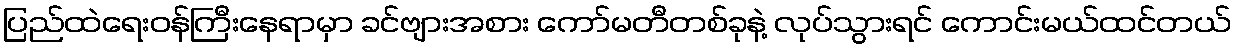
ပြည်ထဲရေးဝန်ကြီးနေရာမှာ ခင်ဗျားအစား ကော်မတီတစ်ခုနဲ့ လုပ်သွားရင် ကောင်းမယ်ထင်တယ်